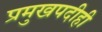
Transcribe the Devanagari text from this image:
प्रमुखपदीही